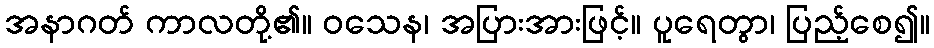
အနာဂတ် ကာလတို့၏။ ဝသေန၊ အပြားအားဖြင့်။ ပူရေတွာ၊ ပြည့်စေ၍။